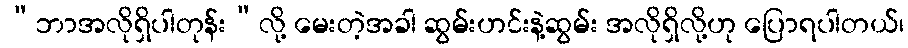
“ဘာအလိုရှိပါတုန်း”လို့ မေးတဲ့အခါ ဆွမ်းဟင်းနဲ့ဆွမ်း အလိုရှိလို့ဟု ပြောရပါတယ်၊